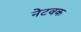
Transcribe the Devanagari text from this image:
नेटवक